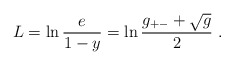
\begin{align*}L= \ln \frac{e}{1-y}=\ln \frac{g_{+-}+\sqrt{g}}{2}\ . \end{align*}